Code of medical and sanitary regulations for the guidance of medical officers serving in the Madras Presidency - Volume I
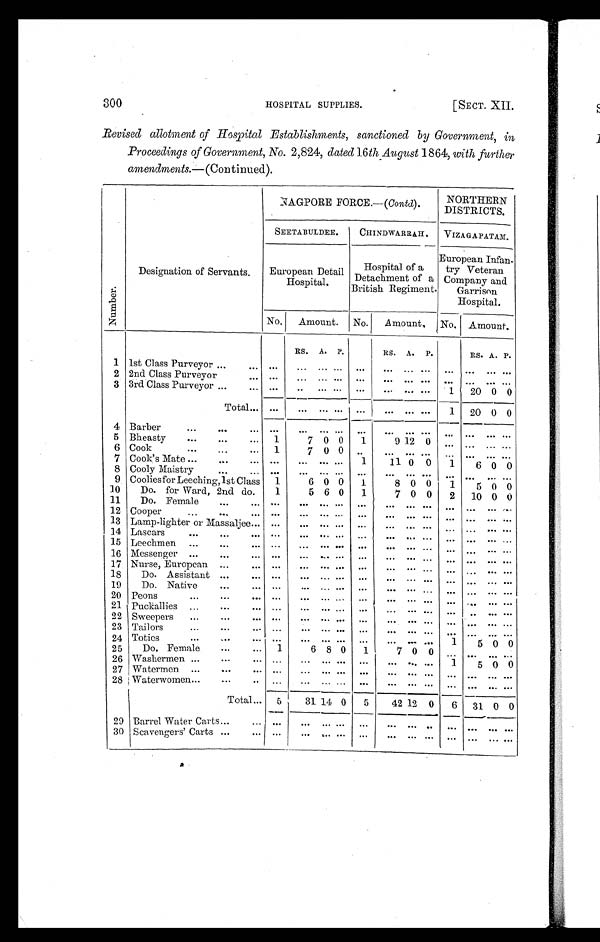
300
HOSPITAL SUPPLIES.
[SECT. XII.
Revised allotment of Hospital Establishments, sanctioned by Government, in
Proceedings of Government, No. 2,824, dated 16 th August 1864, with further
amendments. — (Continued).
Numbe r .
Designation of Servants.
NAGPORE FORCE.—( Contd).
NORTHERN
DISTRICTS.
SEETABULDEE.
CHINDWARRAH. VIZAGAPATAM.
European Detail
Hospital.
Hospital of a
Detachment of a
British Regiment.
European Infan-
try Veteran
Company and
Garrison
Hospital.
No. Amount. No.
Amount. No. Amount.
RS. A. P.
RS. A. P.
RS. A. P.
1 1st Class Purveyor ...
. . .
. . . . . .
... ... ...
. . .
... ...
. . .
. . . . . . . . .
2 2nd Class Purveyor
. . .
. . .
. . .
... ... ...
. . .
... ...
. . .
. . . . . . . . .
3 3rd Class Purveyor ...
. . .
. . . .. ... ... ...
... ... ...
1
20 0 0
Total
. . . ...
. . . ... ... ...
. . .
... ...
1 20 0 0
4 Barber
. . .
...
. . . . . .
. . .
...
...
. . .
. . .
... ...
. . .
. . . . . .
. . .
5 Bheasty
...
...
. . . 1
7 0 0
1
9 12 0
. . . ...
. . . . . .
6 Cook
...
...
. . . 1
7 0 0 ..
. . .
... ...
. . .
. . . . . . . . .
7 Cook's Mate ...
...
. . . . . .
. . . ......
1
11 0 0
1
6 0 0
8 Cooly Maistry
... . . . . . .
. . . ...... ...
. . . ... ...
. . .
. . . . . .
. . .
9 Coolies for Leeching, 1st Class 1
6 0 0
1
8 0 0
1
5 0 0
10
Do. for Ward, 2nd do.
1
5 6 0
1
7 0 0
2
10 0 0
11
Do. Female
...
. . .
. . .
. . . ...... ...
. . . ... ...
. . .
. . . . . .
. . .
12 Cooper
...
...
. . .
. . .
. . . ... ... ...
. . . ... ...
. . .
. . . . . .
. . .
13 Lamp-lighter or Massaljee . . . ...
. . . ... ... ...
. . . ... ...
. . .
. . . . . .
. . .
14 Lascars
...
...
. . .
. . .
. . . ... ... ...
. . . ... ...
. . .
. . . . . .
. . .
15 Leechmen
...
...
... ...
. . . ... ... ...
. . . ... ...
. . .
. . . . . .
. . .
16 Messenger ...
...
. . .
. . .
. . . ... ... ...
. . . ... ...
. . .
. . . . . .
. . .
17 Nurse, European ...
...
. . .
. . . ... ... ...
. . . ... ...
. . . ...
. . .
. . .
18
Do. Assistant ...
. . .
. . .
. . . ... ...
. . .
. . . ... ... ... ...
. . . . . .
19
Do. Native
...
. . .
. . .
. . . ... ... ...
. . . ... ...
. . .
. . . . . .
. . .
20 Peons
...
...
. . .
. . .
. . . ... ... ...
. . . ... ...
. . .
. . . . . .
. . .
21 Puckallies ...
...
. . .
. . . ... ... ... ...
. . . ... ...
. . .
. . . . . .
. . .
22 Sweepers
...
...
. . . . . .
. . . ...... ...
. . . ... ...
. . .
. . . . . .
. . .
23 Tailors
...
...
. . . . . .
. . . ...... ...
. . . ... ...
. . .
. . . . . .
. . .
24 Toties
...
...
. . . . . .
. . .
... ...
. . .
. . . ... ...
1
5 0 0
25
Do. Female
...
...
1
6 8 0
1
7 0 0
. . .
. . . . . .
. . .
26 Washermen ...
...
... ...
. . .
... . . .
. . .
. . . ...
. . . 1
5 0 0
27 Watermen ...
...
. . .
. . .
. . . ...
. . .
...
. . . ... ...
. . .
. . . . . .
. . .
28 Waterwomen...
...
. . .
. . . ...
. . .
. . .
...
. . . ... ...
. . .
. . . . . .
. . .
Total . . . . 5
31 14 0
5
42 12 0
6 31 0 0
29 Barrel Water Carts
...
. . .
. . .
. . .
... ... ...
. . .
...
...
. . .
. . . . . .
. . .
30 Scavengers' Carts ...
... ...
. . .
... ... ...
. . .
.. ...
. . .
. . . . . .
. . .